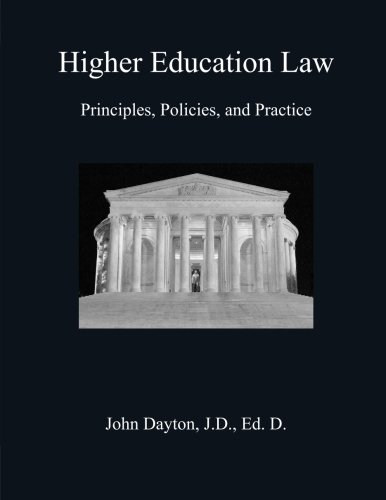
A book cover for Higher Education Law: Principles, Policies, and Practice; Dr. John Dayton; Law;